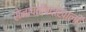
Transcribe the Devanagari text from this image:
सेनापतीपदाखाली